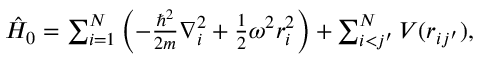
\begin{array} { r } { \hat { H } _ { 0 } = \sum _ { i = 1 } ^ { N } \left( - \frac { \hbar ^ { 2 } } { 2 m } \nabla _ { i } ^ { 2 } + \frac { 1 } { 2 } \omega ^ { 2 } r _ { i } ^ { 2 } \right) + \sum _ { i < j ^ { \prime } } ^ { N } V ( r _ { i j ^ { \prime } } ) , } \end{array}